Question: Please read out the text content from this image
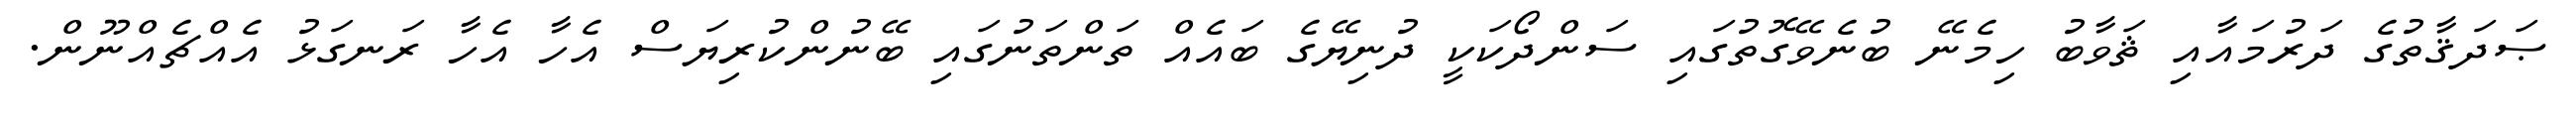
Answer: ޞަދަޤާތުގެ ދަރުމައާއި ޘަވާބު ހިމެނޭ ބުނެވޭގޮތުގައި ސަންދޯކަކީ ދުނިޔޭގެ ބައެއް ތަންތަނުގައި ބޭނުންކުރިޔަސް އެހާ އެހާ ރަނގަޅު އެއްޗެއްނޫން.